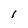
Character: l